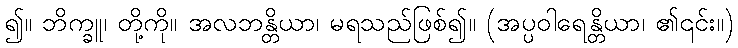
၍။ ဘိက္ခူ၊ တို့ကို။ အလဘန္တိယာ၊ မရသည်ဖြစ်၍။ (အပ္ပဝါရေန္တိယာ၊ ၏၎င်း။)